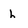
Character: h